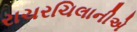
રાચરચિલાનીએ